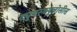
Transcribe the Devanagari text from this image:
ट्युबरक्युलोसीस